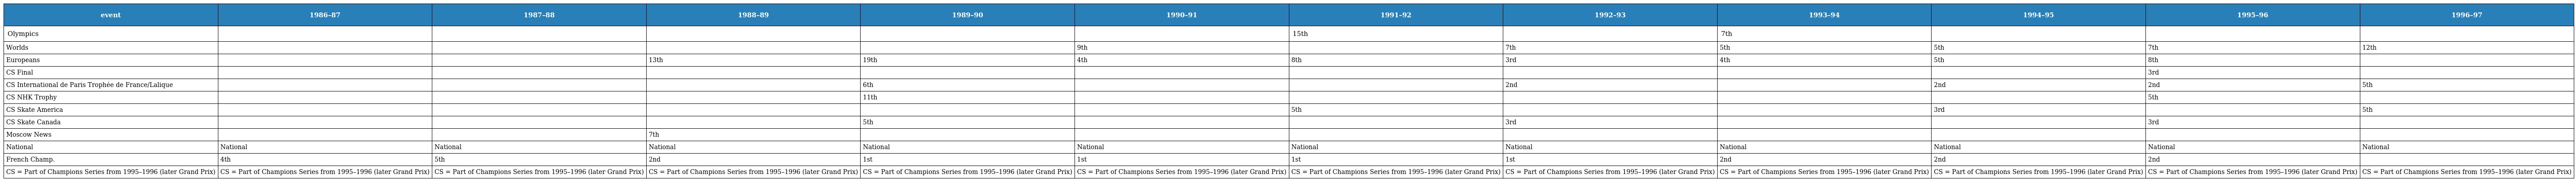
| event | 1986–87 | 1987–88 | 1988–89 | 1989–90 | 1990–91 | 1991–92 | 1992–93 | 1993–94 | 1994–95 | 1995–96 | 1996–97 |
 | --- | --- | --- | --- | --- | --- | --- | --- | --- | --- | --- | --- |
 | Olympics |  |  |  |  |  | 15th |  | 7th |  |  |  |
 | Worlds |  |  |  |  | 9th |  | 7th | 5th | 5th | 7th | 12th |
 | Europeans |  |  | 13th | 19th | 4th | 8th | 3rd | 4th | 5th | 8th |  |
 | CS Final |  |  |  |  |  |  |  |  |  | 3rd |  |
 | CS International de Paris Trophée de France/Lalique |  |  |  | 6th |  |  | 2nd |  | 2nd | 2nd | 5th |
 | CS NHK Trophy |  |  |  | 11th |  |  |  |  |  | 5th |  |
 | CS Skate America |  |  |  |  |  | 5th |  |  | 3rd |  | 5th |
 | CS Skate Canada |  |  |  | 5th |  |  | 3rd |  |  | 3rd |  |
 | Moscow News |  |  | 7th |  |  |  |  |  |  |  |  |
 | National | National | National | National | National | National | National | National | National | National | National | National |
 | French Champ. | 4th | 5th | 2nd | 1st | 1st | 1st | 1st | 2nd | 2nd | 2nd |  |
 | CS = Part of Champions Series from 1995–1996 (later Grand Prix) | CS = Part of Champions Series from 1995–1996 (later Grand Prix) | CS = Part of Champions Series from 1995–1996 (later Grand Prix) | CS = Part of Champions Series from 1995–1996 (later Grand Prix) | CS = Part of Champions Series from 1995–1996 (later Grand Prix) | CS = Part of Champions Series from 1995–1996 (later Grand Prix) | CS = Part of Champions Series from 1995–1996 (later Grand Prix) | CS = Part of Champions Series from 1995–1996 (later Grand Prix) | CS = Part of Champions Series from 1995–1996 (later Grand Prix) | CS = Part of Champions Series from 1995–1996 (later Grand Prix) | CS = Part of Champions Series from 1995–1996 (later Grand Prix) | CS = Part of Champions Series from 1995–1996 (later Grand Prix) |